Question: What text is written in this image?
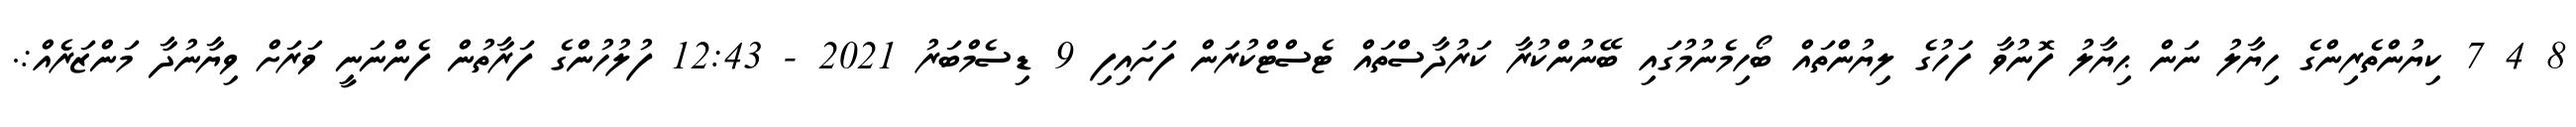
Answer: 8 4 7 ކިޔުންތެރިންގެ ހިޔާލު ނަން ޙިޔާލު ފޮނުވާ ފަހުގެ ލިޔުންތައް ބޯހިމެނުމުގައި ބޭނުންކުރާ ކަރުދާސްތައް ޓެސްޓްކުރަން ފަށައިފި 9 ޑިސެމްބަރު 2021 - 12:43 ފުލުހުންގެ ފަރާތުން ފެންނަނީ ވަރަށް ވިޔާނުދާ މަންޒަރެއް:.